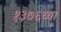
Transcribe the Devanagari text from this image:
१३७६च्या